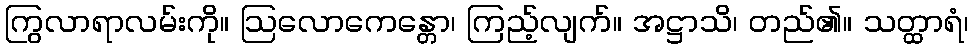
ကြွလာရာလမ်းကို။ ဩလောကေန္တော၊ ကြည့်လျက်။ အဋ္ဌာသိ၊ တည်၏။ သတ္ထာရံ၊